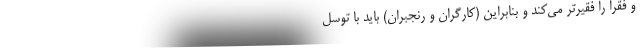
و فقرا را فقیرتر می‌کند و بنابراین (کارگران و رنجبران) باید با توسل